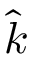
\hat { k }